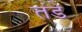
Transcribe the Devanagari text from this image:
तंडे